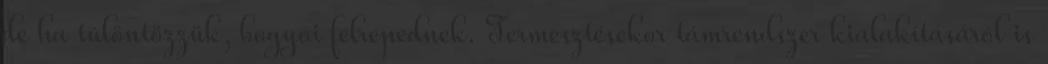
de ha túlöntözzük, bogyói felrepednek. Termesztésekor támrendszer kialakításáról is